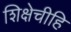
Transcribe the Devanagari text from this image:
शिक्षेचीहि